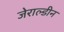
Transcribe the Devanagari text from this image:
जेराल्डीन